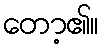
တော့၏။